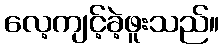
လေ့ကျင့်ခဲ့ဖူးသည်။